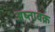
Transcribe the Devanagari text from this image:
अष्तावक्र